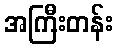
အကြီးတန်း